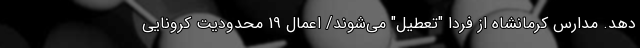
دهد. مدارس کرمانشاه از فردا "تعطیل" می‌شوند/ اعمال 19 محدودیت کرونایی